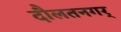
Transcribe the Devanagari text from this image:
दौलतनगर्